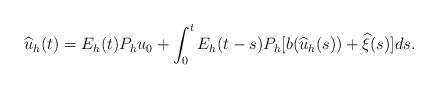
LaTeX: \begin{align*}\widehat{u}_h(t)=E_h(t)P_h u_0+\int_0^t E_h(t-s)P_h[b(\widehat{u}_h(s))+\widehat{\xi}(s)]ds.\end{align*}